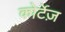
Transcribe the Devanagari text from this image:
कोर्टेज़